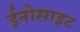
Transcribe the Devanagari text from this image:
ईनोसाइट